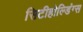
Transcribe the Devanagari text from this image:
सिटीहोल्डिंग्स